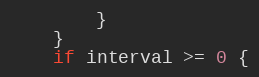
Language: Go
		}
	}
	if interval >= 0 {